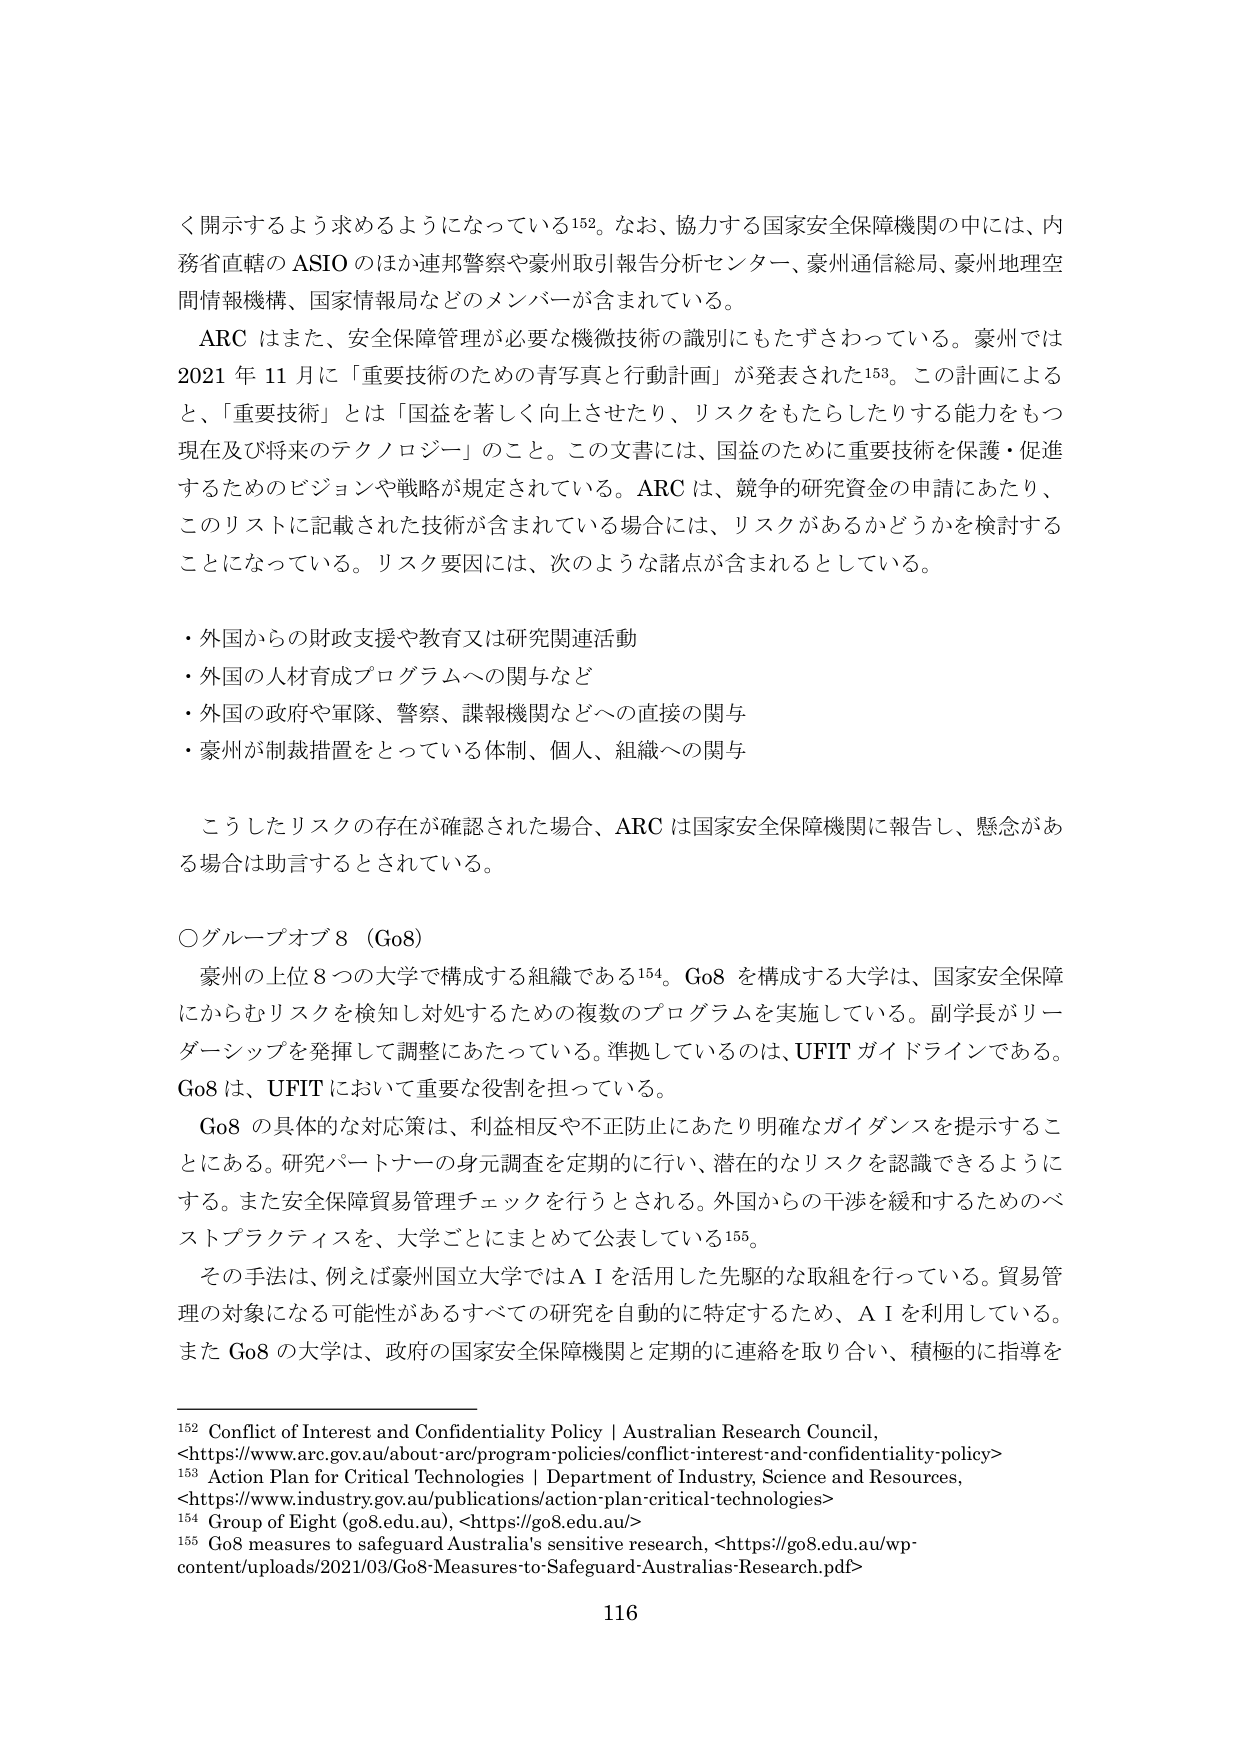
く開示するよう求めるようになっている152。なお、協力する国家安全保障機関の中には、内務省直轄のASIOのほか連邦警察や豪州取引報告分析センター、豪州通信総局、豪州地理空間情報機構、国家情報局などのメンバーが含まれている。

ARCはまた、安全保障管理が必要な機微技術の識別にもたずさわっている。豪州では2021年11月に「重要技術のための青写真と行動計画」が発表された153。この計画によると、「重要技術」とは「国益を著しく向上させたり、リスクをもたらしたりする能力をもつ現在及び将来のテクノロジー」のこと。この文書には、国益のために重要技術を保護・促進するためのビジョンや戦略が規定されている。ARCは、競争的研究資金の申請にあたり、このリストに記載された技術が含まれている場合には、リスクがあるかどうかを検討することになっている。リスク要因には、次のような諸点が含まれるとしている。

・外国からの財政支援や教育又は研究関連活動
・外国の人材育成プログラムへの関与など
・外国の政府や軍隊、警察、諜報機関などへの直接の関与
・豪州が制裁措置をとっている体制、個人、組織への関与

こうしたリスクの存在が確認された場合、ARCは国家安全保障機関に報告し、懸念がある場合は助言するとされている。

○グループオブ8（Go8）

豪州の上位8つの大学で構成する組織である154。Go8を構成する大学は、国家安全保障にからむリスクを検知し対処するための複数のプログラムを実施している。副学長がリーダーシップを発揮して調整にあたっている。準拠しているのは、UFITガイドラインである。Go8は、UFITにおいて重要な役割を担っている。

Go8の具体的な対応策は、利益相反や不正防止にあたり明確なガイダンスを提示することにある。研究パートナーの身元調査を定期的に行い、潜在的なリスクを認識できるようにする。また安全保障貿易管理チェックを行うとされる。外国からの干渉を緩和するためのベストプラクティスを、大学ごとにまとめて公表している155。

その手法は、例えば豪州国立大学ではAIを活用した先駆的な取組を行っている。貿易管理の対象になる可能性があるすべての研究を自動的に特定するため、AIを利用している。またGo8の大学は、政府の国家安全保障機関と定期的に連絡を取り合い、積極的に指導を

152 Conflict of Interest and Confidentiality Policy | Australian Research Council, <https://www.arc.gov.au/about-arc/program-policies/conflict-interest-and-confidentiality-policy>
153 Action Plan for Critical Technologies | Department of Industry, Science and Resources, <https://www.industry.gov.au/publications/action-plan-critical-technologies>
154 Group of Eight (go8.edu.au), <https://go8.edu.au/>
155 Go8 measures to safeguard Australia's sensitive research, <https://go8.edu.au/wp-content/uploads/2021/03/Go8-Measures-to-Safeguard-Australias-Research.pdf>

116